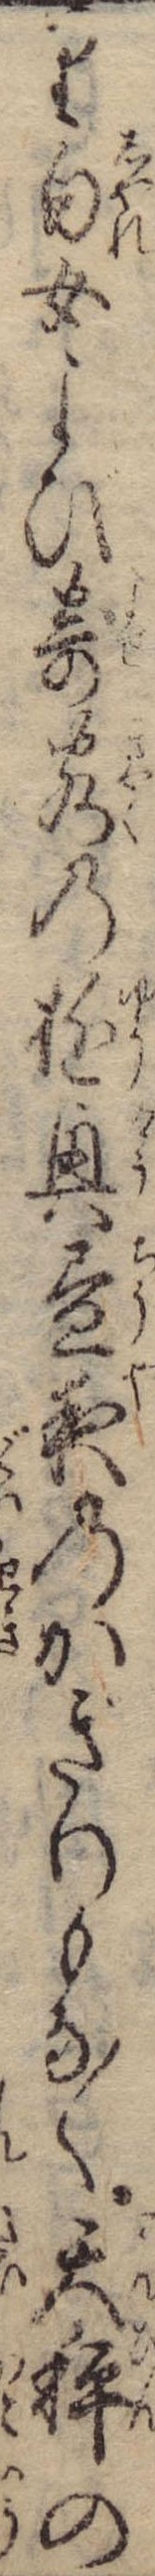
り白女よび寄客の遊興昼夜のかぎりもなく天秤の